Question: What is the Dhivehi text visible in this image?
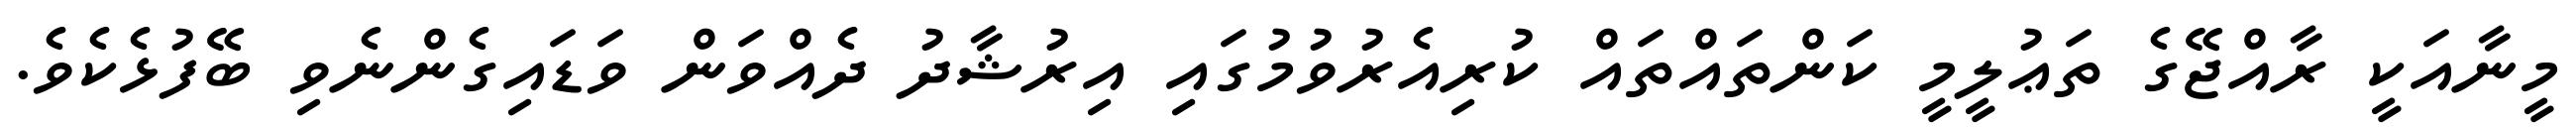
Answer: މީނާއަކީ ރާއްޖޭގެ ތަޢުލީމީ ކަންތައްތައް ކުރިއެރުވުމުގައި އިރުޝާދު ދެއްވަން ވަޑައިގެންނެވި ބޭފުޅެކެވެ.